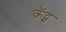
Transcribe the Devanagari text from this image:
कॅट्स